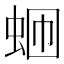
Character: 𬠄